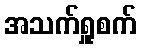
အသက်ရှူစက်